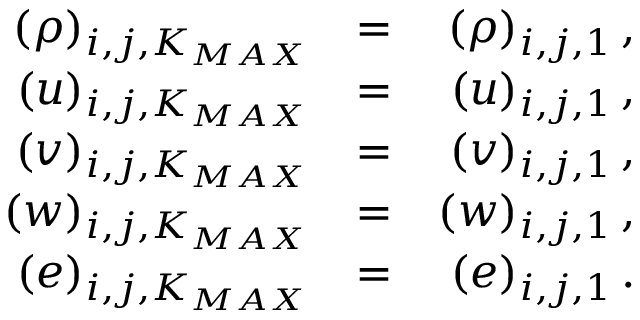
\begin{array} { r l r } { ( \rho ) _ { i , j , K _ { M A X } } } & { = } & { ( \rho ) _ { i , j , 1 } \, \mathrm { , } } \\ { ( u ) _ { i , j , K _ { M A X } } } & { = } & { ( u ) _ { i , j , 1 } \, \mathrm { , } } \\ { ( v ) _ { i , j , K _ { M A X } } } & { = } & { ( v ) _ { i , j , 1 } \, \mathrm { , } } \\ { ( w ) _ { i , j , K _ { M A X } } } & { = } & { ( w ) _ { i , j , 1 } \, \mathrm { , } } \\ { ( e ) _ { i , j , K _ { M A X } } } & { = } & { ( e ) _ { i , j , 1 } \, \mathrm { . } } \end{array}